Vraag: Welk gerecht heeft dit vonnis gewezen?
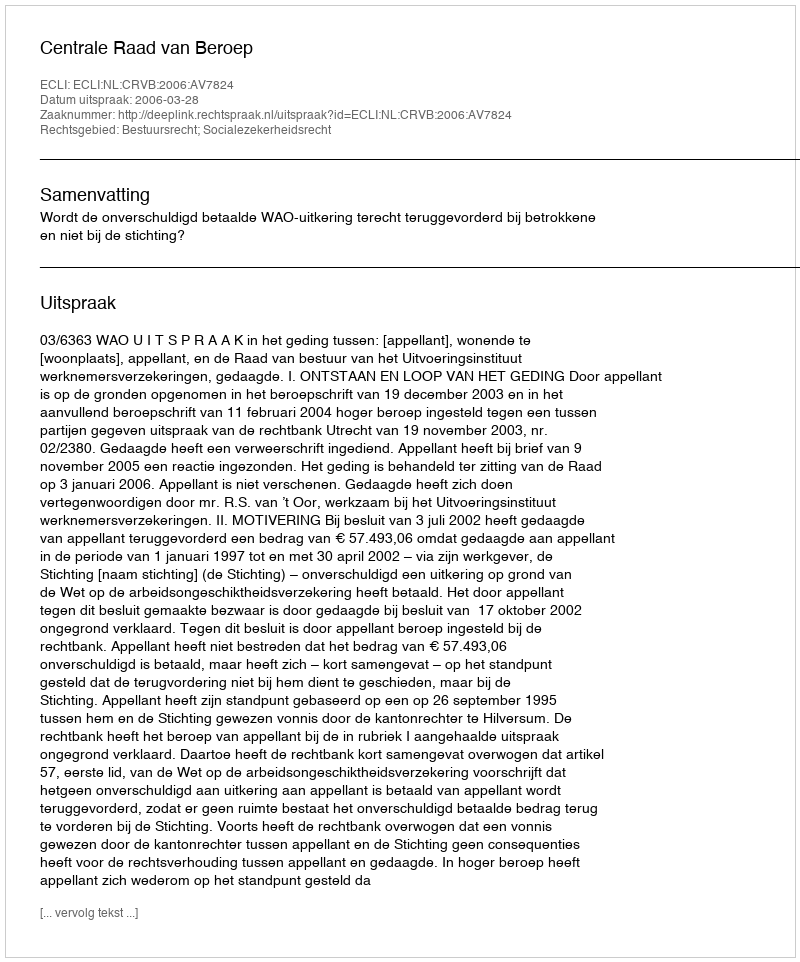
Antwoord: Centrale Raad van Beroep